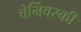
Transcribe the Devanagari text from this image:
चेर्निवस्की